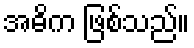
အဓိက ဖြစ်သည်။